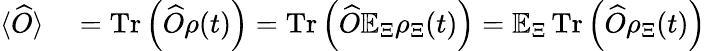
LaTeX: \begin{array}{rl}{\langle\widehat{O}\rangle}&{{}=\operatorname{Tr}\left(\widehat{O}\rho(t)\right)=\operatorname{Tr}\left(\widehat{O}\mathbb{E}_{\Xi}\rho_{\Xi}(t)\right)=\mathbb{E}_{\Xi}\operatorname{Tr}\left(\widehat{O}\rho_{\Xi}(t)\right)}\end{array}